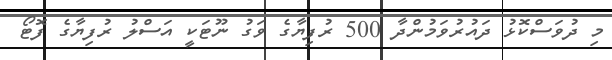
މި ދުވަސްކޮޅު ދައުރުވަމުންދާ 500 ރުފިޔާގެ ވަގު ނޫޓަކީ އަސްލު ރުފިޔާގެ ފޮޓޯ